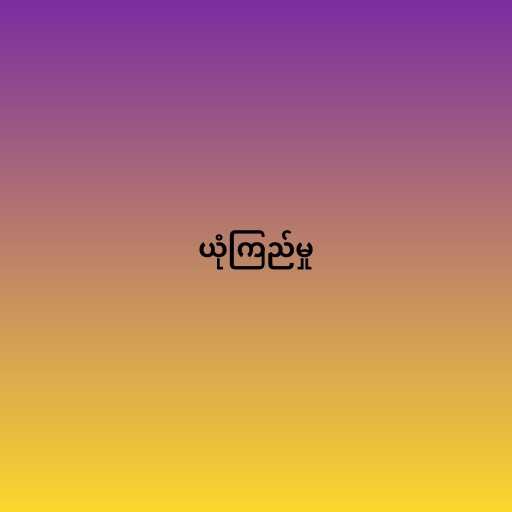
ယုံကြည်မှု